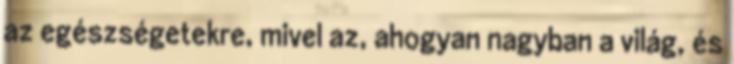
az egészségetekre, mivel az, ahogyan nagyban a világ, és